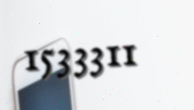
1533311